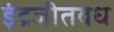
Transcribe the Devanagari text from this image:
इंद्रजीतवध